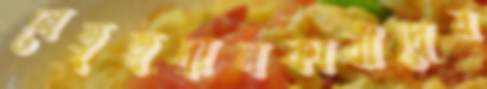
নেতৃত্বদানকারীদের